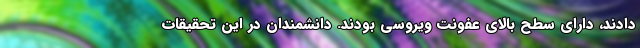
دادند، دارای سطح بالای عفونت ویروسی بودند. دانشمندان در این تحقیقات